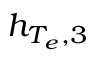
h _ { T _ { e } , 3 }